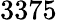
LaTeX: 3375